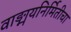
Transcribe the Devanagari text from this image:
वाङ्मयनिर्मितीचा